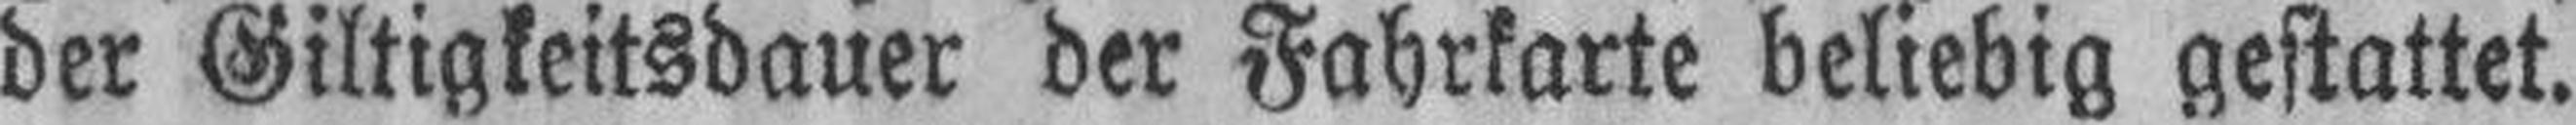
der Giltigkeitsdauer der Fahrkarte beliebig gestattet.